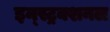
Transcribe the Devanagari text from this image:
इन्स्ट्रक्शनल